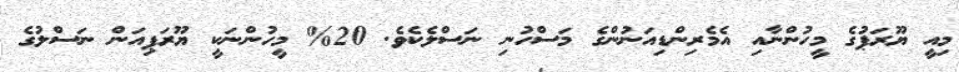
މިއީ ޔޫރަޕުގެ މީހުންނާއި އެމެރިންޑިއަނުންގެ މަސްހުނި ނަސްލެކެވެ. 20% މީހުންނަކީ ޔޫރަޕިއަން ނަސްލުގެ